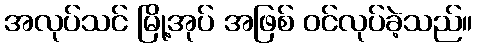
အလုပ်သင် မြို့အုပ် အဖြစ် ဝင်လုပ်ခဲ့သည်။